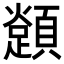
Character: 𩕈